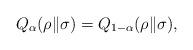
LaTeX: \begin{align*}Q_\alpha(\rho\|\sigma)=Q_{1-\alpha}(\rho\|\sigma),\end{align*}